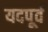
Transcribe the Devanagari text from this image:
यदपूर्वं